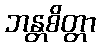
ဘန္တစိတ္တာ